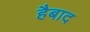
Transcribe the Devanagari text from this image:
हैबाद